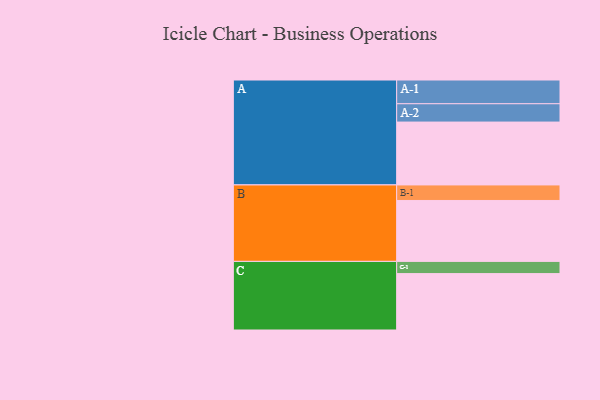
{"axis": {"x": "Segment", "y": "Value"}, "legend": ["", "A", "B", "C"], "data": [{"x": "A", "y": 360, "type": ""}, {"x": "B", "y": 349, "type": ""}, {"x": "C", "y": 323, "type": ""}, {"x": "A-1", "y": 136, "type": "A"}, {"x": "A-2", "y": 105, "type": "A"}, {"x": "B-1", "y": 89, "type": "B"}, {"x": "C-1", "y": 70, "type": "C"}]}